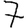
Digit: 7